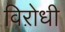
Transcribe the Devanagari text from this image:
विऱोधी